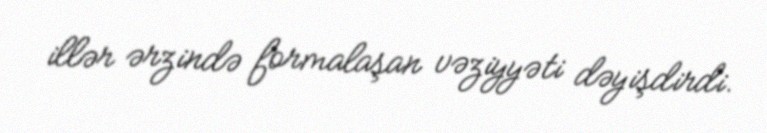
illər ərzində formalaşan vəziyyəti dəyişdirdi.